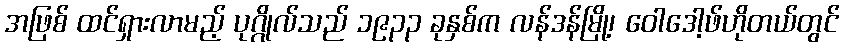
အဖြစ် ထင်ရှားလာမည့် ပုဂ္ဂိုလ်သည် ၁၉၃၃ ခုနှစ်က လန်ဒန်မြို့၊ ဝေါဒေါ့ဖ်ဟိုတယ်တွင်